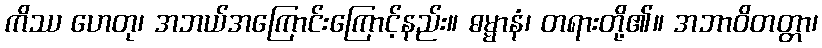
ကိဿ ဟေတု၊ အဘယ်အကြောင်းကြောင့်နည်း။ ဓမ္မာနံ၊ တရားတို့၏။ အဘာဝိတတ္တာ၊